Indian journal of veterinary science and animal husbandry - Volume 11,
Year: 1941
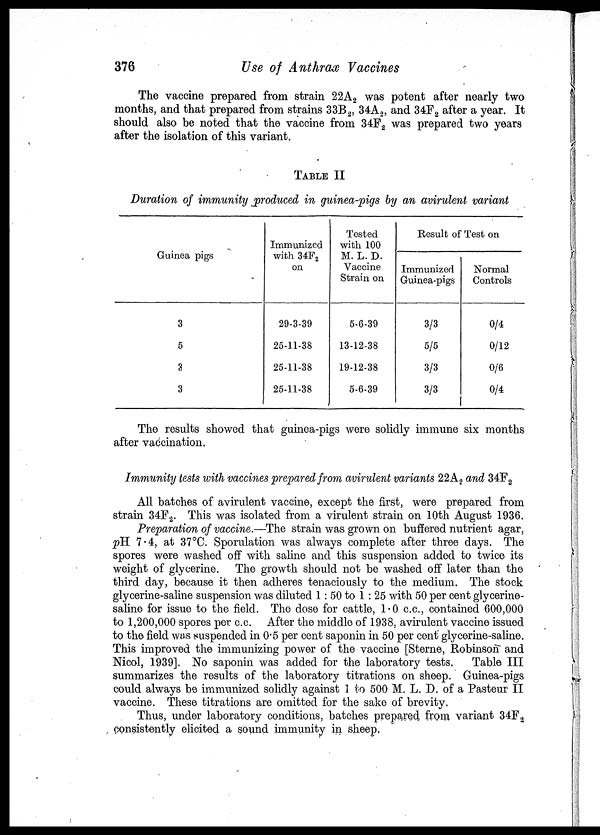
376
Use of Anthrax Vaccines
The vaccine prepared from strain 22A 2 was potent after nearly two
months, and that prepared from strains 33B 2 , 34A 2 , and 34F 2 after a year. It
should also be noted that the vaccine from 34F 2 was prepared two years
after the isolation of this variant.
TABLE II
Duration of immunity produced in guinea-pigs by an avirulent variant
Guinea pigs
3
5
3
3
Immunized
with 34F 2
on
29-3-39
25-11-38
25-11-38
25-11-38
Tested
with 100
M. L. D.
Vaccine
Strain on
5-6-39
13-12-38
19-12-38
5-6-39
Result of Test on
Immunized
Guinea-pigs
3/3
5/5
3/3
3/3
Normal
Controls
0/4
0/12
0/6
0/4
The results showed that guinea-pigs were solidly immune six months
after vaccination.
Immunity tests with vaccines prepared from avirulent variants 22A 2 and 34F 2
All batches of avirulent vaccine, except the first, were prepared from
strain 34F 2 . This was isolated from a virulent strain on 10th August 1936.
Preparation of vaccine.—The strain was grown on buffered nutrient agar,
pH 7.4, at 37°C. Sporulation was always complete after three days. The
spores were washed off with saline and this suspension added to twice its
weight of glycerine. The growth should not be washed off later than the
third day, because it then adheres tenaciously to the medium. The stock
glycerine-saline suspension was diluted 1: 50 to 1 : 25 with 50 per cent glycerine-
saline for issue to the field. The dose for cattle, 1.0 c.c., contained 600,000
to 1,200,000 spores per c.c. After the middle of 1938, avirulent vaccine issued
to the field was suspended in 0.5 per cent saponin in 50 per cent glycerine-saline.
This improved the immunizing power of the vaccine [Sterne, Robinson and
Nicol, 1939]. No saponin was added for the laboratory tests.
Table III
summarizes the results of the laboratory titrations on sheep. Guinea-pigs
could always be immunized solidly against 1 to 500 M. L. D. of a Pasteur II
vaccine. These titrations are omitted for the sake of brevity.
Thus, under laboratory conditions, batches prepared from variant 34F 2
consistently elicited a sound immunity in sheep.